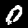
Label: 0